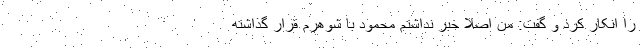
را انکار کرد و گفت: من اصلاً خبر نداشتم محمود با شوهرم قرار گذاشته